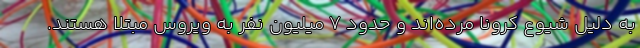
به دلیل شیوع کرونا مرده‌اند و حدود 7 میلیون نفر به ویروس مبتلا هستند.